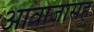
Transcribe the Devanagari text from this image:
आवाजासह